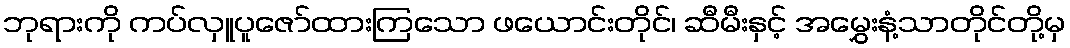
ဘုရားကို ကပ်လှူပူဇော်ထားကြသော ဖယောင်းတိုင်၊ ဆီမီးနှင့် အမွှေးနံ့သာတိုင်တို့မှ